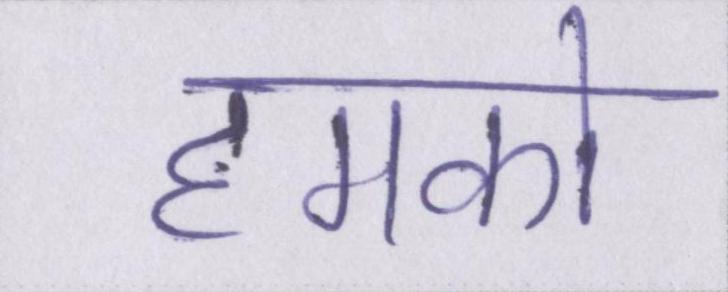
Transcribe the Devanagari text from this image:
हमको